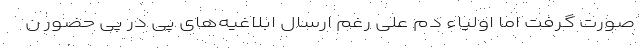
صورت گرفت اما اولیاء دم علی رغم ارسال ابلاغیه‌های پی در پی حضور ن